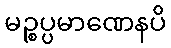
မဉ္စပ္ပမာဏေနပိ